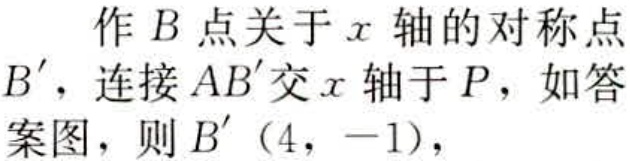
作\(B\)点关于\(x\)轴的对称点\(B'\)，连接\(AB'\)交\(x\)轴于\(P\)，如答案图，则\(B'(4,-1)\)，